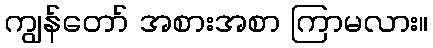
ကျွန်တော် အစားအစာ ကြာမလား။